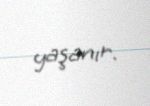
yaşanır.